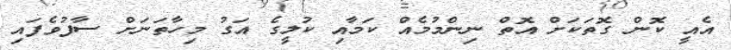
އެއީ ކޮން ގޮތަކަށް އޮތް ނިންމުމެއް ކަމާއި ކުލީގެ އަގު މިހާތަނަށް ސާފުވެފައި